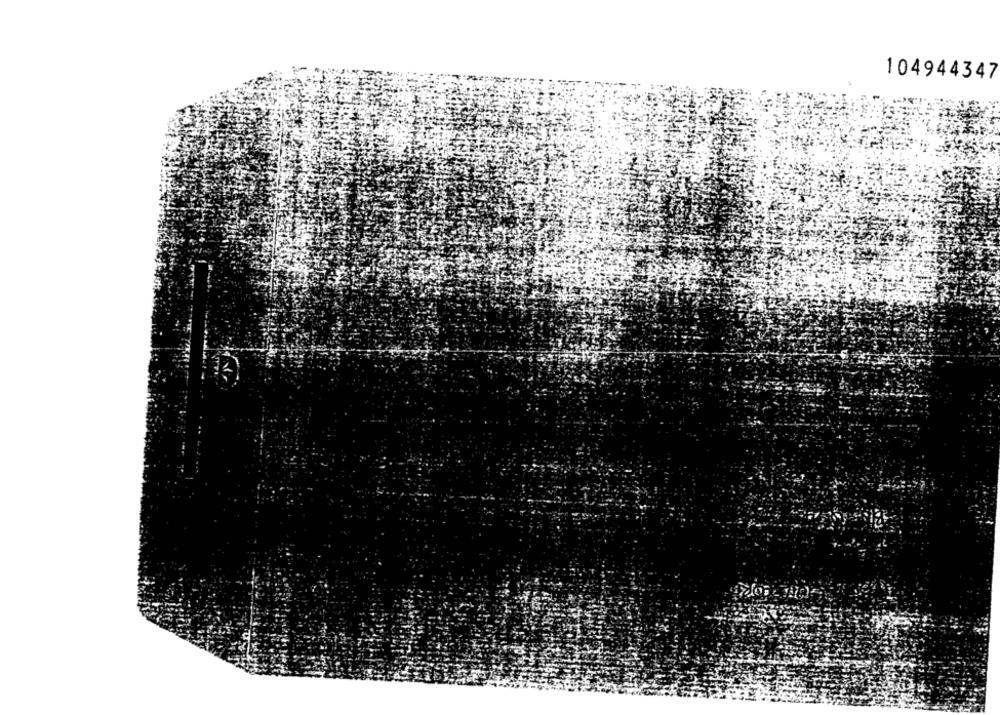
104944347